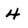
Character: 4